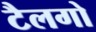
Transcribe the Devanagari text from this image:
टैलगो